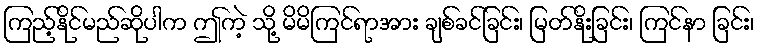
ကြည့်နိုင်မည်ဆိုပါက ဤကဲ့ သို့ မိမိကြင်ရာအား ချစ်ခင်ခြင်း၊ မြတ်နိုးခြင်း၊ ကြင်နာ ခြင်း၊